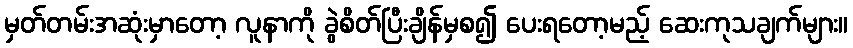
မှတ်တမ်းအဆုံးမှာတော့ လူနာကို ခွဲစိတ်ပြီးချိန်မှစ၍ ပေးရတော့မည့် ဆေးကုသချက်များ။